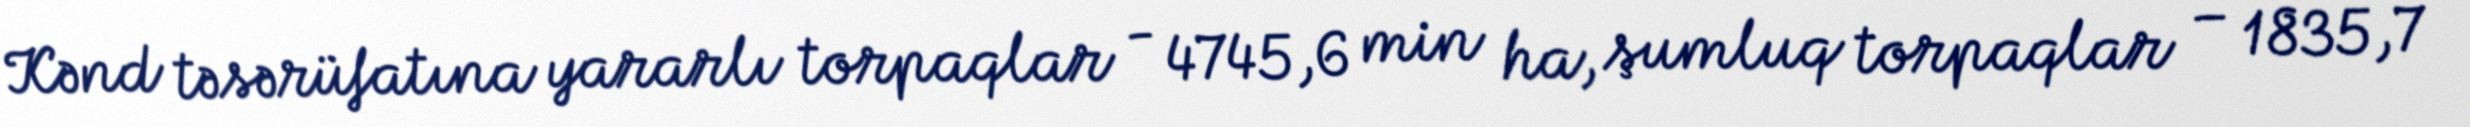
Kənd təsərüfatına yararlı torpaqlar - 4745,6 min ha, şumluq torpaqlar – 1835,7